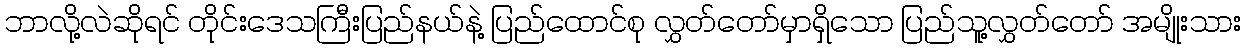
ဘာလို့လဲဆိုရင် တိုင်းဒေသကြီးပြည်နယ်နဲ့ ပြည်ထောင်စု လွှတ်တော်မှာရှိသော ပြည်သူ့လွှတ်တော် အမျိုးသား